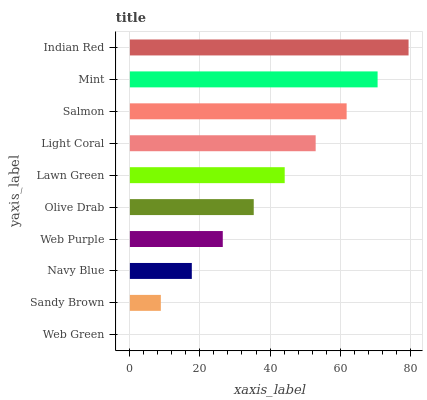
| yaxis_label | bars |
 | --- | --- |
 | Web Green | 0 |
 | Sandy Brown | 8.84 |
 | Navy Blue | 17.7 |
 | Web Purple | 26.5 |
 | Olive Drab | 35.4 |
 | Lawn Green | 44.2 |
 | Light Coral | 53 |
 | Salmon | 61.9 |
 | Mint | 70.7 |
 | Indian Red | 79.6 |